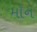
મૉન